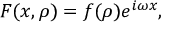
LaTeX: F ( x , \rho ) = f ( \rho ) e ^ { i \omega x } ,